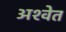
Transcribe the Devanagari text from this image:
अश्‍वेत